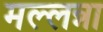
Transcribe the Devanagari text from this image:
मल्लन्ना